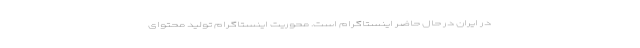
در ایران در حال حاضر اینستاگرام است. محوریت اینستاگرام تولید محتوای